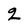
Character: 2